Insane asylums in Bengal annual reports 1876-1887 - 1876-1887
Year: 1876
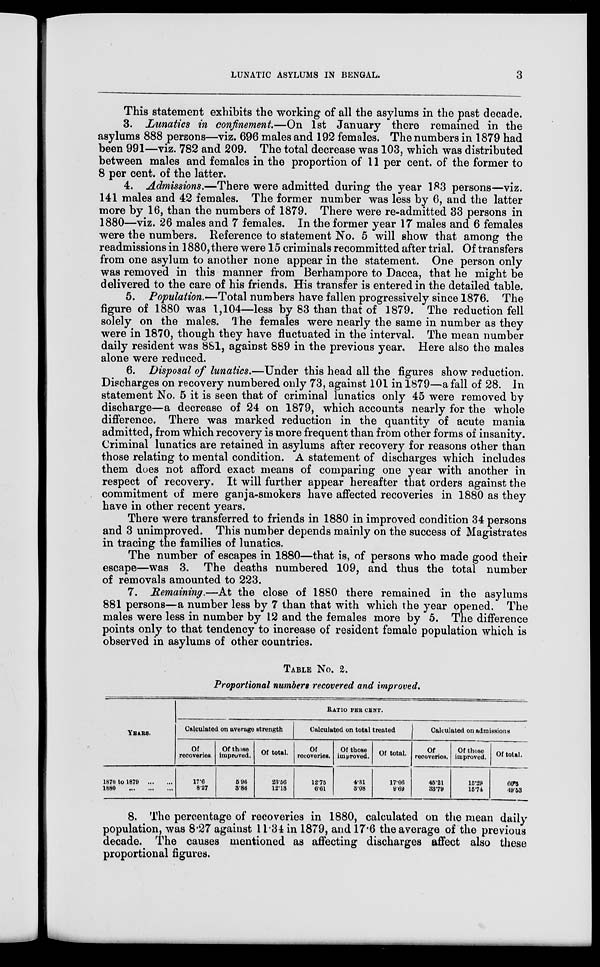
LUNATIC ASYLUMS IN BENGAL.
3
This statement exhibits the working of all the asylums in the past decade.
3. Lunatics in confinement.—On 1st January there remained in the
asylums 888 persons—viz. 696 males and 192 females. The numbers in 1879 had
been 991—viz. 782 and 209. The total decrease was 103, which was distributed
between males and females in the proportion of 11 per cent. of the former to
8 per cent. of the latter.
4. Admissions.—There were admitted during the year 183 persons—viz.
141 males and 42 females. The former number was less by 6, and the latter
more by 16, than the numbers of 1879. There were re-admitted 33 persons in
1880—viz. 26 males and 7 females. In the former year 17 males and 6 females
were the numbers. Reference to statement No. 5 will show that among the
readmissions in 1880, there were 15 criminals recommitted after trial. Of transfers
from one asylum to another none appear in the statement. One person only
was removed in this manner from Berhampore to Dacca, that he might be
delivered to the care of his friends. His transfer is entered in the detailed table.
5. Population.—Total numbers have fallen progressively since 1876. The
figure of 1880 was 1,104—less by 83 than that of 1879. The reduction fell
solely on the males. The females were nearly the same in number as they
were in 1870, though they have fluctuated in the interval. The mean number
daily resident was 881, against 889 in the previous year. Here also the males
alone were reduced.
6. Disposal of lunatics.—Under this head all the figures show reduction.
Discharges on recovery numbered only 73, against 101 in 1879—a fall of 28. In
statement No. 5 it is seen that of criminal lunatics only 45 were removed by
discharge—a decrease of 24 on 1879, which accounts nearly for the whole
difference. There was marked reduction in the quantity of acute mania
admitted, from which recovery is more frequent than from other forms of insanity.
Criminal lunatics are retained in asylums after recovery for reasons other than
those relating to mental condition. A statement of discharges which includes
them does not afford exact means of comparing one year with another in
respect of recovery. It will further appear hereafter that orders against the
commitment of mere ganja-smokers have affected recoveries in 1880 as they
have in other recent years.
There were transferred to friends in 1880 in improved condition 34 persons
and 3 unimproved. This number depends mainly on the success of Magistrates
in tracing the families of lunatics.
The number of escapes in 1880—that is, of persons who made good their
escape—was 3. The deaths numbered 109, and thus the total number
of removals amounted to 223.
7. Remaining.—At the close of 1880 there remained in the asylums
881 persons—a number less by 7 than that with which the year opened. The
males were less in number by 12 and the females more by 5. The difference
points only to that tendency to increase of resident female population which is
observed in asylums of other countries.
TABLE NO. 2.
Proportional numbers recovered and improved.
YEARS.
1870 to 1879
...
...
1880
...
...
...
RATIO PER CENT.
Calculated on average strength
Of
recoveries.
17.6
8.27
Of those
improved.
5.96
3.86
Of total.
23.56
12.13
Calculated on total treated
Of
recoveries.
12.75
6.61
Of those
improved.
4.31
3.08
Of total.
17.06
9.69
Calculated on admissions
Of
recoveries.
45.21
33.79
Of those
improved.
15.29
15.74
Of total.
60.5
49.53
8. The percentage of recoveries in 1880, calculated on the mean daily
population, was 8.27 against 11.34 in 1879, and 17.6 the average of the previous
decade. The causes mentioned as affecting discharges affect also these
proportional figures.